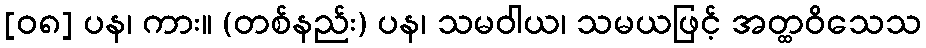
[၀၈] ပန၊ ကား။ (တစ်နည်း) ပန၊ သမဝါယ၊ သမယဖြင့် အတ္ထဝိသေသ